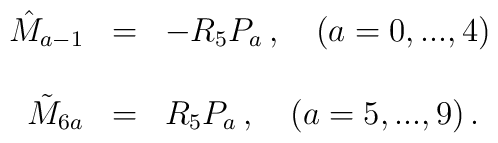
\begin{array}{rcl}  \hat{M}_{a-1}&=&-R_5P_a\, , \ \ \ (a=0,...,4) \\ \\   \tilde{M}_{6a}&=&R_5P_a\, , \ \ \ (a=5,...,9)\, .  \end{array}